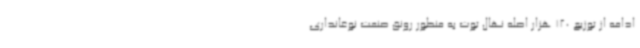
ادامه از توزیع 120 هزار اصله نهال توت به منظور رونق صنعت نوغانداری